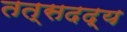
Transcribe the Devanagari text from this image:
तत्सदद्य